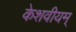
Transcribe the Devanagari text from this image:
केशवीयम्